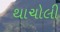
થાચોલી